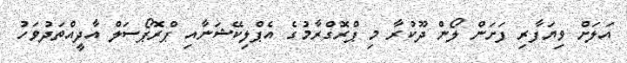
އަލަށް ވިޔަފާރި ފަށަން ލޯން ދޫކުރާ މި ޕްރޮގްރާމުގެ އެޕްލިކޭޝަނާއި ޕްރޮޕޯސަލް އާދީއްތަދުވަހު